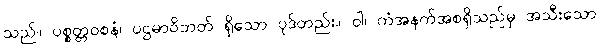
သည်။ ပစ္စတ္တဝစနံ၊ ပဌမာဝိဘတ် ရှိသော ပုဒ်တည်း။ ဝါ၊ ကံအနက်အစရှိသည်မှ အသီးသော